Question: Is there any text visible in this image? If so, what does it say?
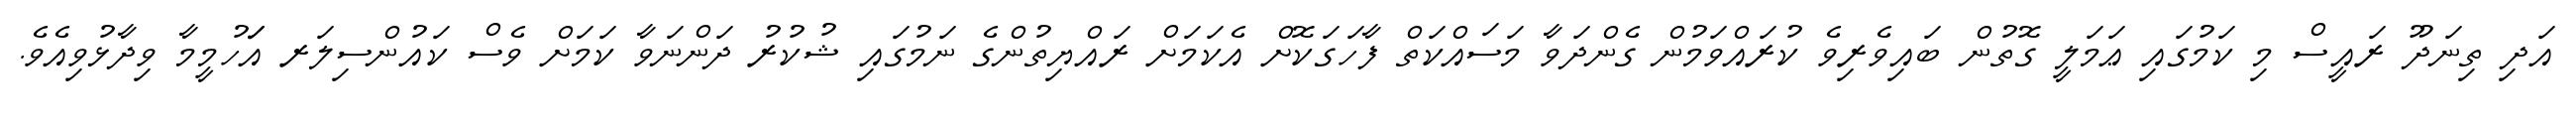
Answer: އަދި ތިނަދޫ ރައީސް މި ކަމުގައި ޢަމަލީ ގޮތުން ބައިވެރިވެ ކުރައްވަމުން ގެންދަވާ މަސައްކަތް ފާހަގަކޮށް އެކަމަށް ރައްޔިތުންގެ ނަމުގައި ޝުކުރު ދަންނަވާ ކަމަށް ވެސް ކައުންސިލަރ އަަހުމީމާ ވިދާޅުވިއެވެ.